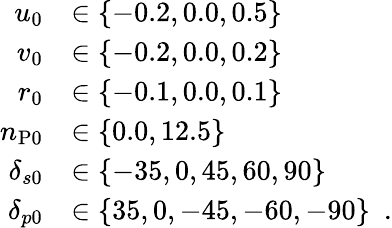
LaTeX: \begin{array}{r}{\begin{array}{rl}{u_{0}}&{\in\{ -0.2,0.0,0.5\} }\\ {v_{0}}&{\in\{ -0.2,0.0,0.2\} }\\ {r_{0}}&{\in\{ -0.1,0.0,0.1\} }\\ {n_{\mathrm{P}0}}&{\in\{ 0.0,12.5\} }\\ {\delta_{s0}}&{\in\{ -35,0,45,60,90\} }\\ {\delta_{p0}}&{\in\{ 35,0,-45,-60,-90\} \enspace.}\end{array}}\end{array}